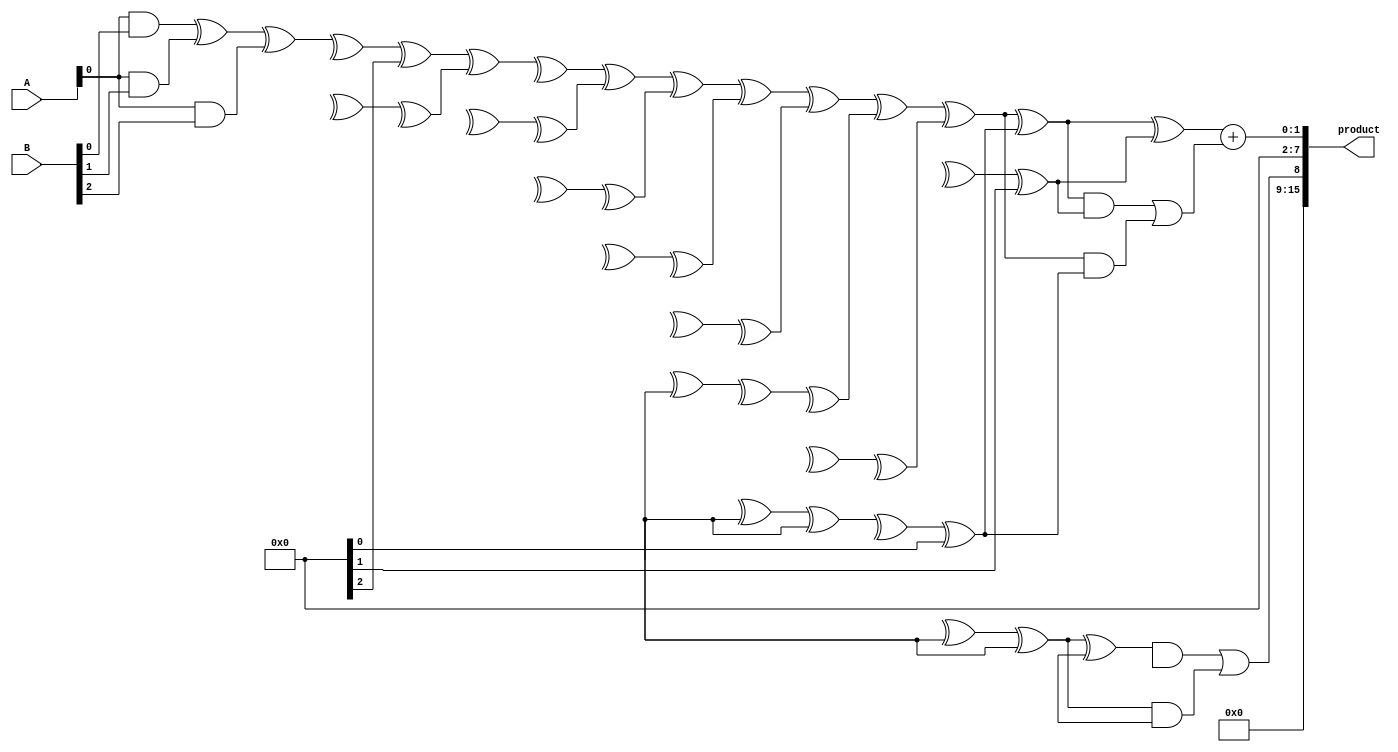
module wallace_tree_multiplier #(parameter N = 8) (
    input  wire [N-1:0] A, // Multiplicand
    input  wire [N-1:0] B, // Multiplier
    output wire [2*N-1:0] product // Product output
);

    // Generate partial products
    wire [N-1:0] partial_products [N-1:0];

    genvar i;
    generate
        for (i = 0; i < N; i = i + 1) begin : pp_gen
            assign partial_products[i] = A & {N{B[i]}};
        end
    endgenerate

    // Wallace Tree Reduction
    wire [N+1:0] sum [N:0]; // To hold the sums
    wire [N:0] carry [N:0]; // To hold the carries

    // Initialize first row of the Wallace tree
    generate
        for (i = 0; i < N; i = i + 1) begin : init_sum_carry
            assign sum[0][i] = partial_products[i][0];
            assign carry[0][i] = partial_products[i][1];
        end
        assign sum[0][N] = 1'b0; // Extra bit for carry
    endgenerate

    // Wallace tree reduction stages
    genvar j, k;
    generate
        for (j = 0; j < N-1; j = j + 1) begin : reduction_stage
            for (k = 0; k < (N >> 1); k = k + 1) begin : row_reduction
                if (k < (1 << j)) begin
                    // Full adders for three inputs
                    wire s1, c1, s2, c2;
                    wire a, b, c;

                    assign a = sum[j][3*k];
                    assign b = (3*k + 1 < (N + j)) ? sum[j][3*k + 1] : 1'b0;
                    assign c = (3*k + 2 < (N + j)) ? sum[j][3*k + 2] : 1'b0;

                    // Full adder logic
                    assign s1 = a ^ b;
                    assign c1 = a & b;

                    assign s2 = s1 ^ c;
                    assign c2 = s1 & c | c1;

                    assign sum[j+1][k] = s2;
                    assign carry[j+1][k] = c2;
                end
            end
        end
    endgenerate

    // Final addition
    wire [N-1:0] final_sum;
    wire final_carry;

    assign final_sum = sum[N-1][0] + carry[N-1][0];
    assign final_carry = carry[N-1][1];

    // Output product
    assign product = {final_carry, final_sum};

endmodule